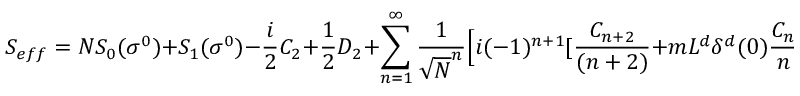
S _ { e f f } = N S _ { 0 } ( \sigma ^ { 0 } ) + S _ { 1 } ( \sigma ^ { 0 } ) - { \frac { i } { 2 } } C _ { 2 } + { \frac { 1 } { 2 } } D _ { 2 } + \sum _ { n = 1 } ^ { \infty } { \frac { 1 } { \sqrt { N } ^ { n } } } \Big [ i ( - 1 ) ^ { n + 1 } [ { \frac { C _ { n + 2 } } { ( n + 2 ) } } + m L ^ { d } \delta ^ { d } ( 0 ) { \frac { C _ { n } } { n } } ] + { \frac { 1 } { ( n + 2 ) ! } } D _ { n + 2 } \Big ]